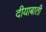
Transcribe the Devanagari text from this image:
दीयाबाती